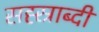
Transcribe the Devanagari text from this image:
सह्स्राब्दी